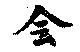
会